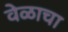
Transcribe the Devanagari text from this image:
वेळाचा